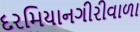
દરમિયાનગીરીવાળા